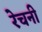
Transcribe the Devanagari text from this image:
रेचनी